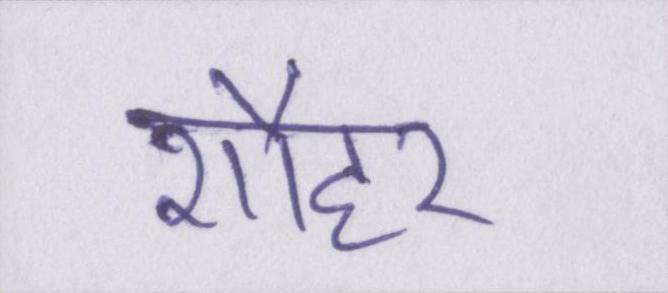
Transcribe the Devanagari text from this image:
शौहर